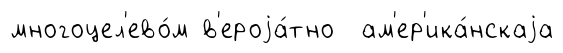
многоцел'ево́м в'ероjа́тно ам'ер'ика́нскаjа